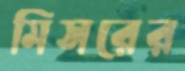
মিসরের